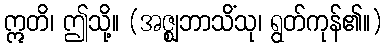
ဣတိ၊ ဤသို့။ (အဇ္ဈဘာသိံသု၊ ရွတ်ကုန်၏။)